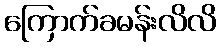
ကြောက်ခမန်းလိလိ